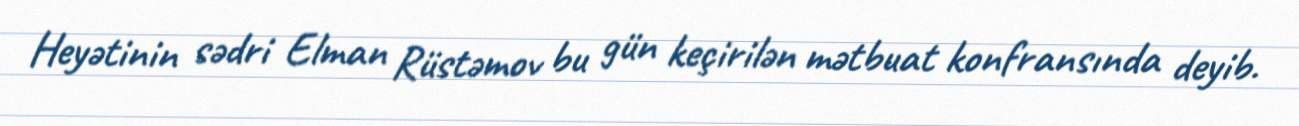
Heyətinin sədri Elman Rüstəmov bu gün keçirilən mətbuat konfransında deyib.